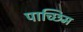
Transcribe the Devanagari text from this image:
पाच्छिम